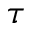
\tau